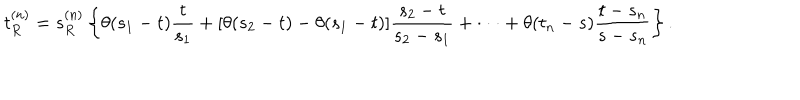
t _ { R } ^ { ( n ) } = s _ { R } ^ { ( n ) } \left\{ \theta ( s _ { 1 } - t ) { \frac { t } { s _ { 1 } } } + [ \theta ( s _ { 2 } - t ) - \theta ( s _ { 1 } - t ) ] { \frac { s _ { 2 } - t } { s _ { 2 } - s _ { 1 } } } + \cdot \cdot \cdot + \theta ( t _ { n } - s ) { \frac { t - s _ { n } } { s - s _ { n } } } \right\} .